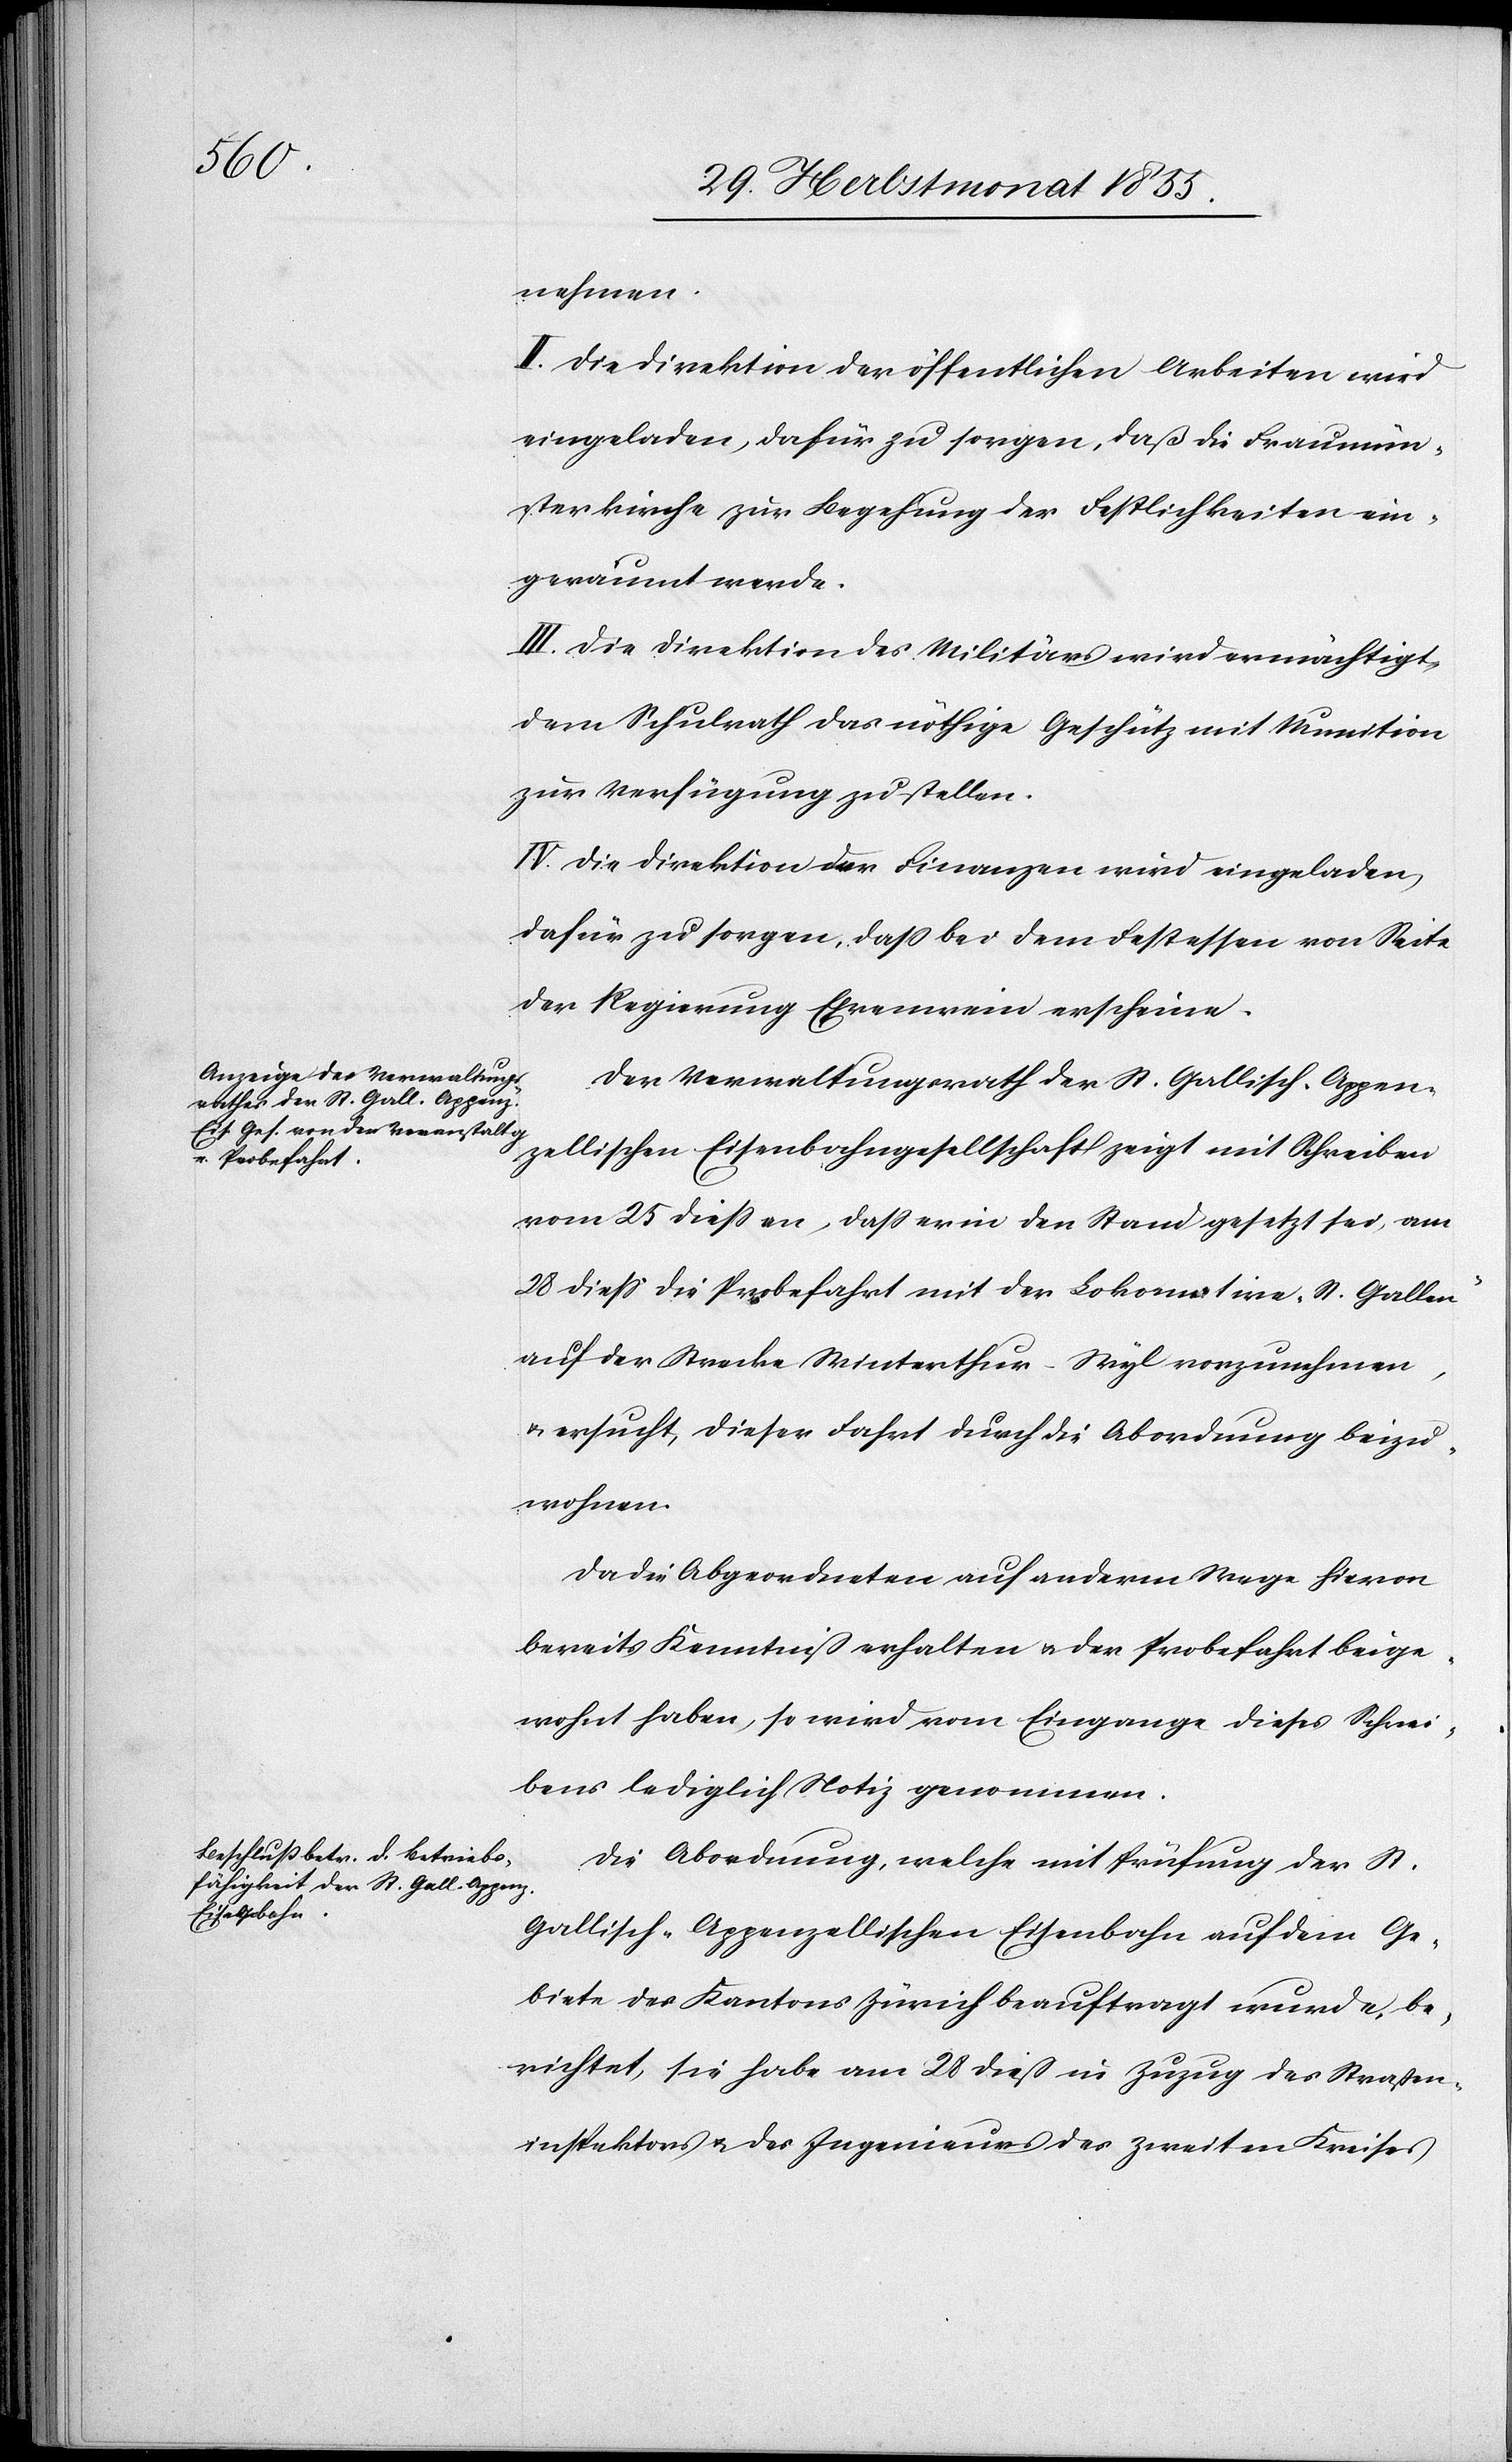
nehmen.
II. Die Direktion der öffentlichen Arbeiten wird
eingeladen, dafür zu sorgen, daß die Fraumün¬
sterkirche zur Begehung der Festlichkeiten ein¬
geräumt werde.
III. Die Direktion des Militärs wird ermächtigt,
dem Schulrath das nöthige Geschütz mit Munition
zur Verfügung zu stellen.
IV. Die Direktion der Finanzen wird eingeladen,
dafür zu sorgen, dass bei dem Festessen von Seite
der Regierung Ehrenwein erscheine.
Der Verwaltungsrath der St. Gallisch-Appen¬
zellischen Eisenbahngesellschaft zeigt mit Schreiben
vom 25 diess an, dass er in den Stand gesetzt sei, am
28 diess die Probefahrt mit der Lokomotive „St. Gallen“
auf der Strecke Winterthur–Wyl vorzunehmen,
& ersucht, dieser Fahrt durch die Abordnung beizu¬
wohnen.
Da die Abgeordneten auf anderm Wege hievon
bereits Kenntniß erhalten & der Probefahrt beige¬
wohnt haben, so wird vom Eingange dieses Schrei¬
bens lediglich Notiz genommen.
Die Abordnung, welche mit Prüfung der St.
Gallisch-Appenzellischen Eisenbahn auf dem Ge¬
biete des Kantons Zürich beauftragt wurde, be¬
richtet, sie habe am 28 dieß in Zuzug des Straßen¬
inspektors & des Ingenieurs des zweiten Kreises